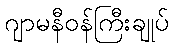
ဂျာမနီဝန်ကြီးချုပ်